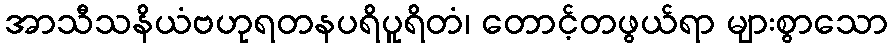
အာသီသနိယံဗဟုရတနပရိပူရိတံ၊ တောင့်တဖွယ်ရာ များစွာသော